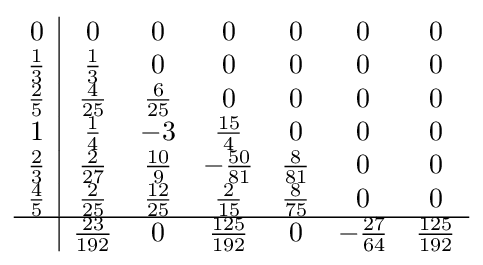
{\begin{array}{c|cccccc}0&0&0&0&0&0&0\\{\frac {1}{3}}&{\frac {1}{3}}&0&0&0&0&0\\{\frac {2}{5}}&{\frac {4}{25}}&{\frac {6}{25}}&0&0&0&0\\1&{\frac {1}{4}}&-3&{\frac {15}{4}}&0&0&0\\{\frac {2}{3}}&{\frac {2}{27}}&{\frac {10}{9}}&-{\frac {50}{81}}&{\frac {8}{81}}&0&0\\{\frac {4}{5}}&{\frac {2}{25}}&{\frac {12}{25}}&{\frac {2}{15}}&{\frac {8}{75}}&0&0\\\hline &{\frac {23}{192}}&0&{\frac {125}{192}}&0&-{\frac {27}{64}}&{\frac {125}{192}}\\\end{array}}